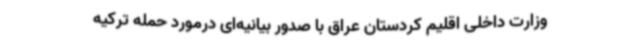
وزارت داخلی اقلیم کردستان عراق با صدور بیانیه‌ای درمورد حمله ترکیه